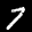
Label: 7